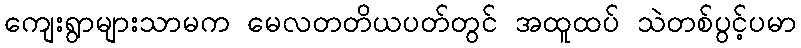
ကျေးရွာများသာမက မေလတတိယပတ်တွင် အထူထပ် သဲတစ်ပွင့်ပမာ